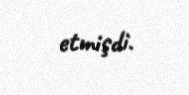
etmişdi.